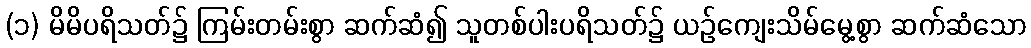
(၁) မိမိပရိသတ်၌ ကြမ်းတမ်းစွာ ဆက်ဆံ၍ သူတစ်ပါးပရိသတ်၌ ယဉ်ကျေးသိမ်မွေ့စွာ ဆက်ဆံသော